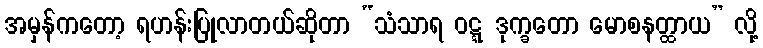
အမှန်ကတော့ ရဟန်းပြုလာတယ်ဆိုတာ “သံသာရ ဝဋ္ဋ ဒုက္ခတော မောစနတ္ထာယ” လို့